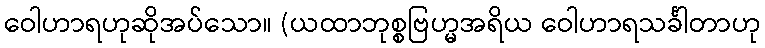
ဝေါဟာရဟုဆိုအပ်သော။ (ယထာဘုစ္စဗြဟ္မအရိယ ဝေါဟာရသင်္ခါတာဟု